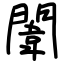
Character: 闈